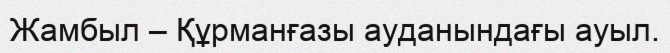
Жамбыл – Құрманғазы ауданындағы ауыл.